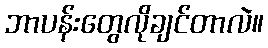
ဘာပန်းတွေလိုချင်တာလဲ။